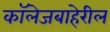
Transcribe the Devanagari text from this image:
कॉलेजबाहेरील